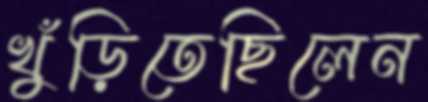
খুঁড়িতেছিলেন